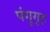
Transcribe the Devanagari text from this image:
पंगुगृह